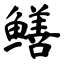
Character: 鳝